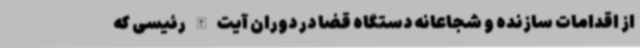
از اقدامات سازنده و شجاعانه دستگاه قضا در دوران آیت الله رئیسی که